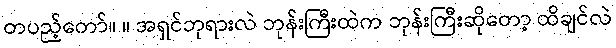
တပည့်တော်။ ။ အရှင်ဘုရားလဲ ဘုန်းကြီးထဲက ဘုန်းကြီးဆိုတော့ ထိချင်လဲ